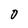
Character: O